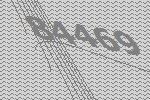
84469